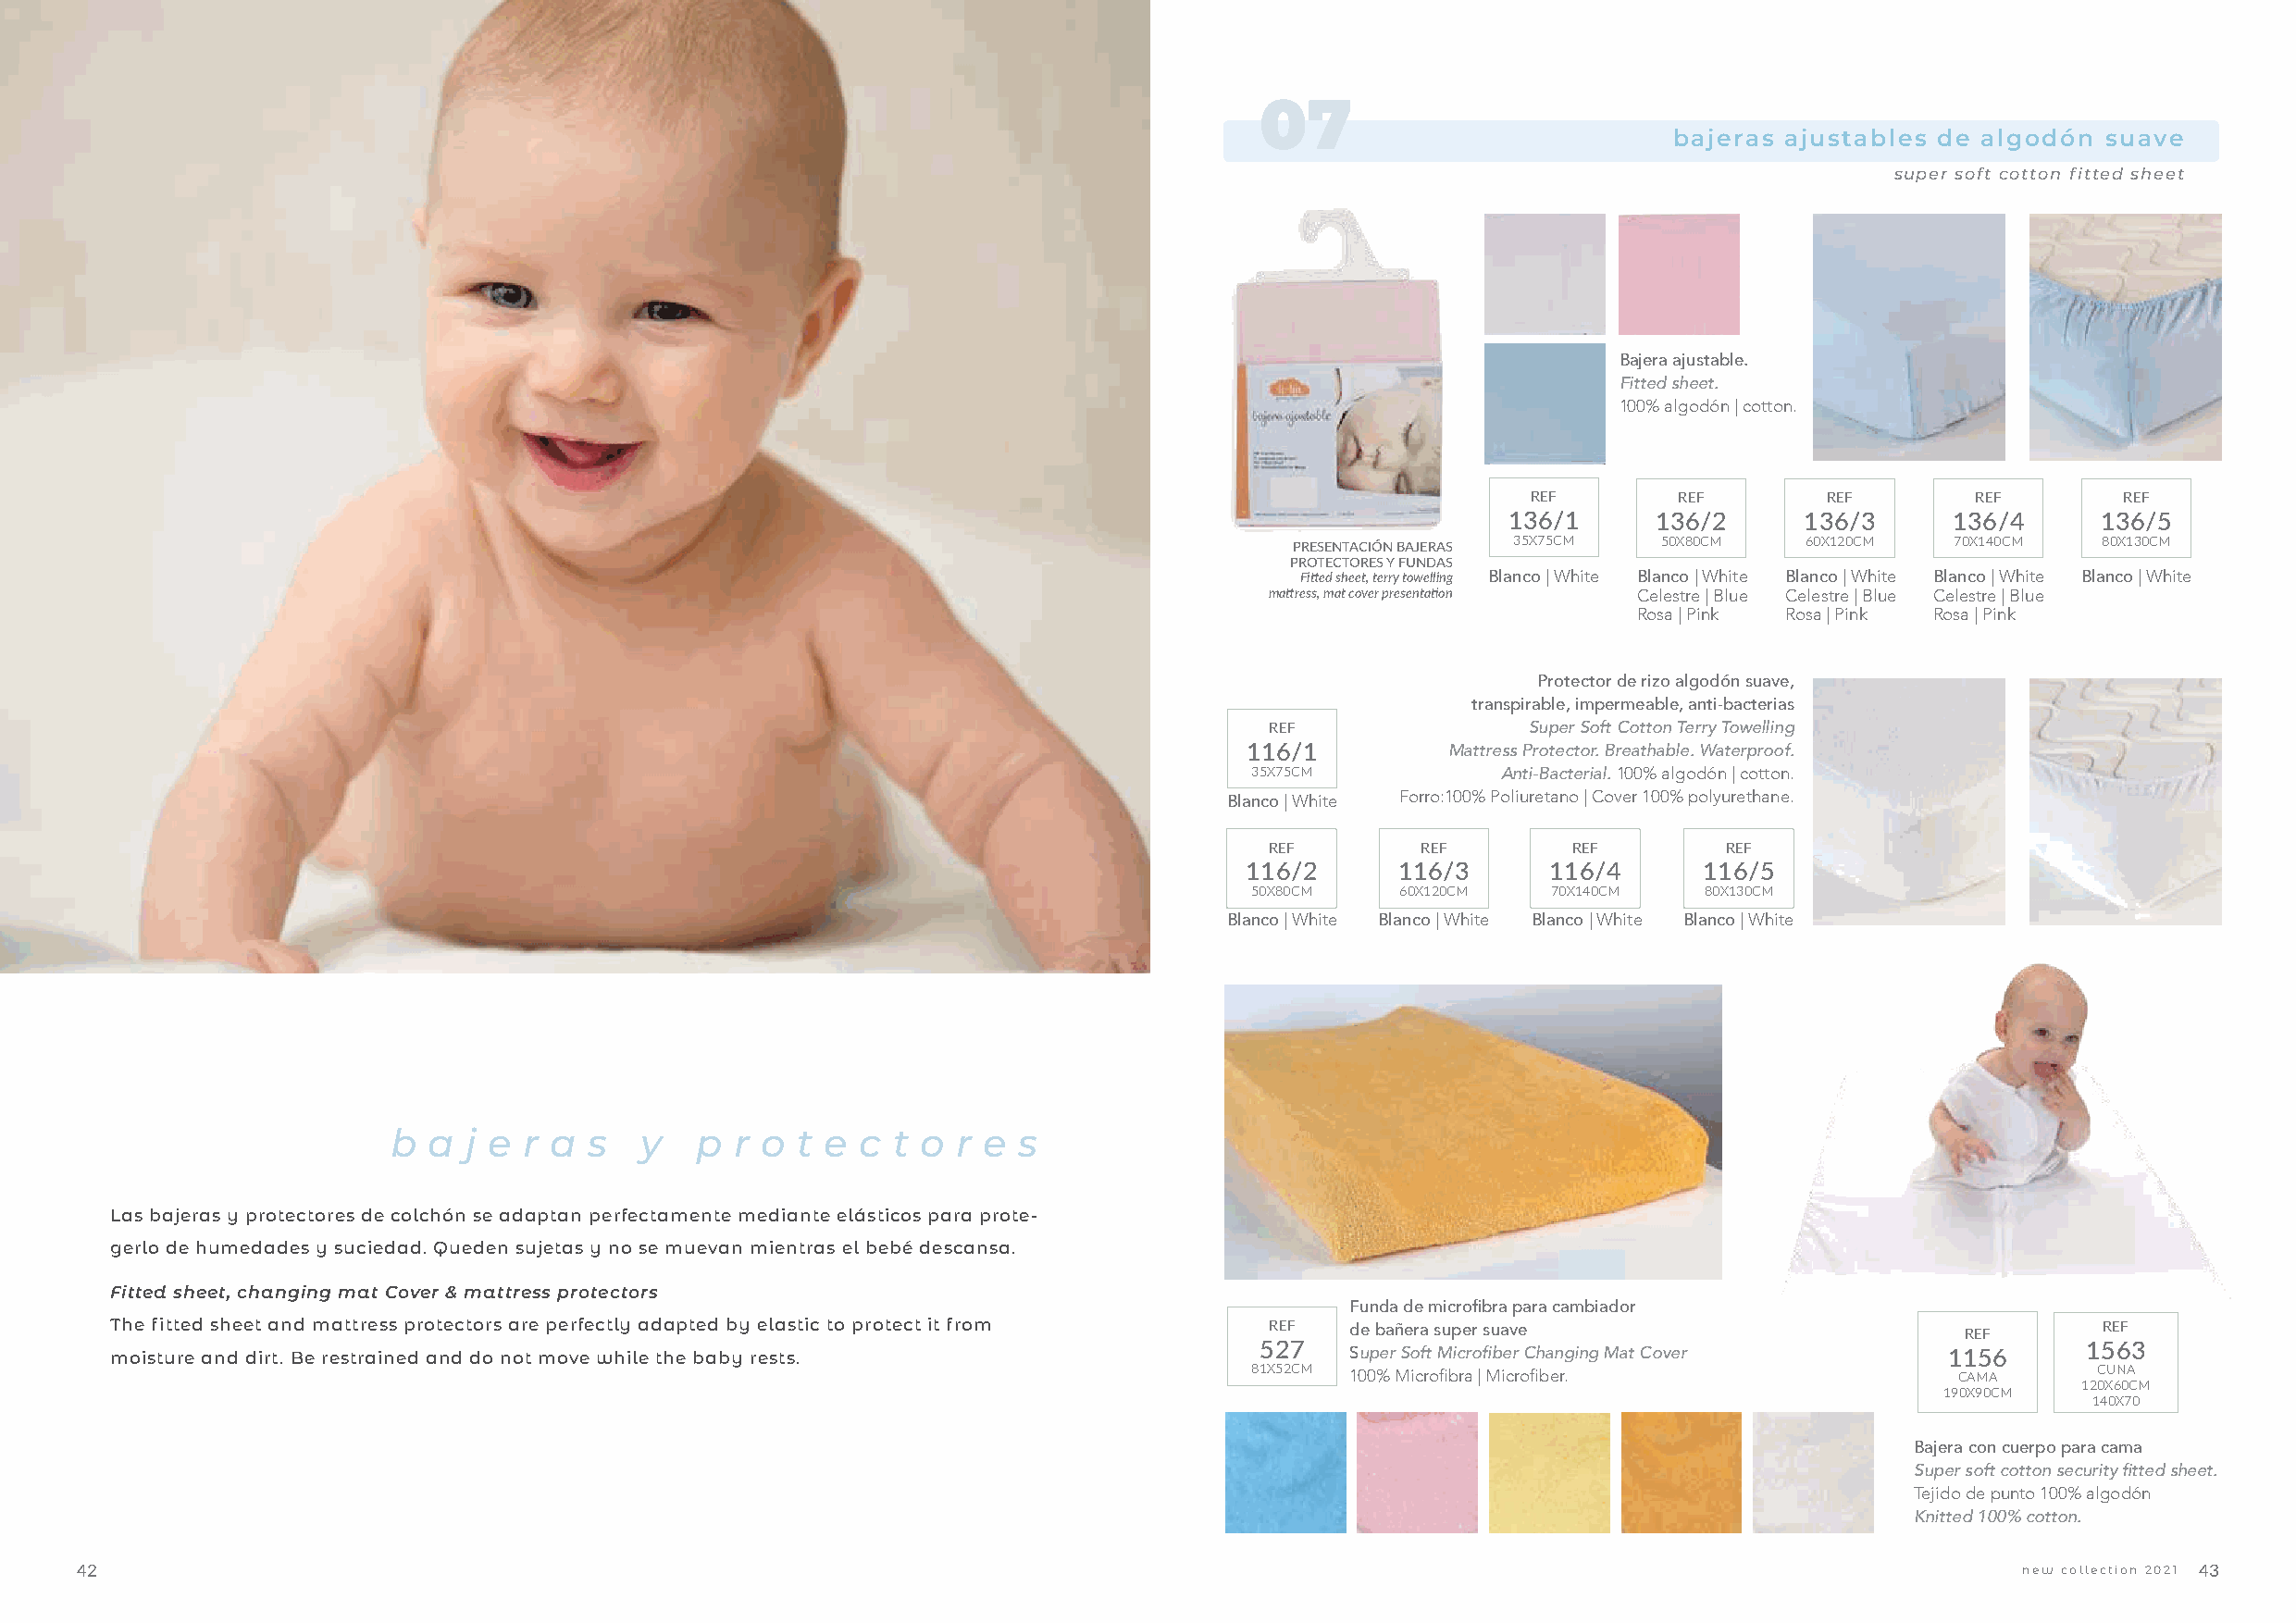
07
 bajeras ajustables de algodón  suave
 super soft cotton fitted sheet
 Bajera ajustable.
 Fitted sheet.
 100% algodón | cotton.
 REF        REF        REF       REF        REF
 136/1     136/2      136/3      136/4     136/5
 PRESENTACIÓN BAJERAS 35X75CM 50X80CM 60X120CM   70X140CM  80X130CM
 PROTECTORES Y FUNDAS
 Fitted sheet, terry towelling Blanco | White Blanco | White Blanco | White Blanco | White Blanco | White
 mattress, mat cover presentation Celestre | Blue Celestre | Blue Celestre | Blue
 Rosa | Pink Rosa | Pink Rosa | Pink
 Protector de rizo algodón suave,
 transpirable, impermeable, anti-bacterias
 REF               Super Soft Cotton Terry Towelling
 116/1          Mattress Protector. Breathable. Waterproof.
 35X75CM          Anti-Bacterial. 100% algodón | cotton.
 Blanco | White Forro:100% Poliuretano | Cover 100% polyurethane.
 REF        REF       REF        REF
 116/2      116/3      116/4      116/5
 50X80CM    60X120CM   70X140CM   80X130CM
 Blanco | White Blanco | White Blanco | White Blanco | White
 b  a j e r a  s   y   p  r o t e c  t o r e  s
 Las bajeras y protectores de colchón se adaptan perfectamente mediante elásticos para prote-
 gerlo de humedades y suciedad. Queden sujetas y no se muevan mientras el bebé descansa.
 Fitted sheet, changing mat Cover & mattress protectors
 Funda de microfibra para cambiador
 The fitted sheet and mattress protectors are perfectly adapted by elastic to protect it from REF de bañera super suave               REF      REF
 moisture and dirt. Be restrained and do not move while the baby rests.            527    Super Soft Microfiber Changing Mat Cover  1156      1563
 81X52CM 100% Microfibra | Microfiber.             CAMA      CUNA
 120X60CM
 190X90CM
 140X70
 Bajera con cuerpo para cama
 Super soft cotton security fitted sheet.
 Tejido de punto 100% algodón
 Knitted 100% cotton.
 42                                                                                                                                          new collection 2021 43